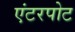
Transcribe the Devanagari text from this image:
एंटरपोट